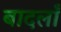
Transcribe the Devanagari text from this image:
बादलाँ